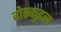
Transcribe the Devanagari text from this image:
वोस्कुइल